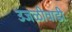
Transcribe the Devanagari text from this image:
उजळीवाडी